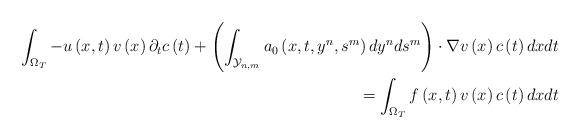
LaTeX: \begin{align*}\int_{\Omega _{T}}-u\left( x,t\right) v\left( x\right) \partial _{t}c\left(t\right) +\left( \int_{\mathcal{Y}_{n,m}}a_{0}\left( x,t,y^{n},s^{m}\right)dy^{n}ds^{m}\right) \cdot \nabla v\left( x\right) c\left( t\right) dxdt \\=\int_{\Omega _{T}}f\left( x,t\right) v\left( x\right) c\left( t\right) dxdt \end{align*}